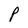
Character: P